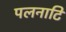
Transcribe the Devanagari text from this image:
पलनाटि